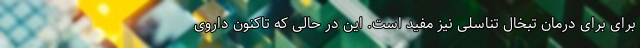
برای برای درمان تبخال تناسلی نیز مفید است. این در حالی که تاکنون داروی